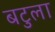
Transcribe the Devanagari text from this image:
बटुला